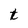
Character: t